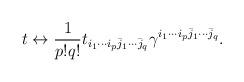
LaTeX: \begin{align*}t\leftrightarrow\frac{1}{p!q!}t_{i_{1}\cdots i_{p}\bar{j}_{1}\cdots\bar{j}_{q}}\gamma^{i_{1}\cdots i_{p} \bar{j}_{1}\cdots\bar{j}_{q}}.\end{align*}